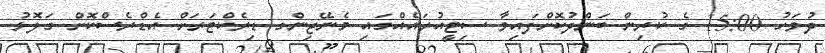
ދުވަހު 15:00 ގެ ކުރިން ބަންދުކޮށްފައިވާ ސިޓީއުރައެއްގައި މެނޭޖިންގ ޑިރެކްޓަރަށް އެޑްރެސްކޮށް ގަލޮޅު